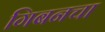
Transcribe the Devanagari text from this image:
गिबनचा